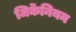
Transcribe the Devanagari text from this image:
जिर्केनियम